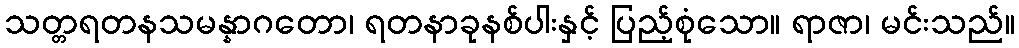
သတ္တရတနသမန္နာဂတော၊ ရတနာခုနစ်ပါးနှင့် ပြည့်စုံသော။ ရာဇာ၊ မင်းသည်။